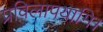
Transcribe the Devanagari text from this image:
प्रविलापयामि।